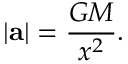
| \mathbf { a } | = { \frac { G M } { x ^ { 2 } } } .